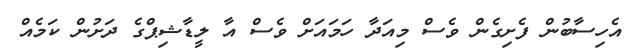
އެހިސާބުން ފެށިގެން ވެސް މިއަދާ ހަމައަށް ވެސް އާ ލީޑާޝިޕްގެ ދަށުން ކަމެއް